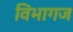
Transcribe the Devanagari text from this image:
विभागज